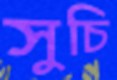
সুচি